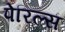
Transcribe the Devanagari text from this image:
पेरिल्स